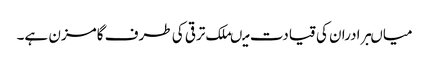
میاںبرادران کی قیادت میںملک ترقی کی طرف گامزن ہے۔